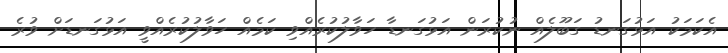
އެކަމަކު އަޅުގަނޑު ގަބޫލެއް ނުކުރަން އަޅުގަނޑާ ހަވާލުކުރެއްވި ކަމެއް ހަވާލުކުރެއްވީ އަޅުގަނޑަށް ވުރެ